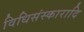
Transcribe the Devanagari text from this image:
विधिसंस्कारादि